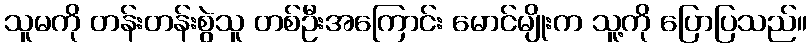
သူမကို တန်းတန်းစွဲသူ တစ်ဦးအကြောင်း မောင်မျိုးက သူ့ကို ပြောပြသည်။